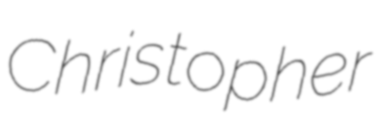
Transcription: Christopher